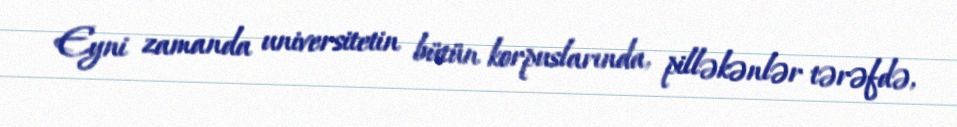
Eyni zamanda universitetin bütün korpuslarında, pilləkənlər tərəfdə,